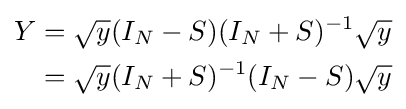
{\begin{aligned}Y&={\sqrt {y}}(I_{N}-S)(I_{N}+S)^{-1}{\sqrt {y}}\\&={\sqrt {y}}(I_{N}+S)^{-1}(I_{N}-S){\sqrt {y}}\\\end{aligned}}